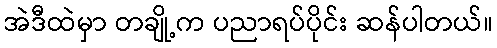
အဲဒီထဲမှာ တချို့က ပညာရပ်ပိုင်း ဆန်ပါတယ်။